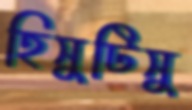
হিসুটিসু